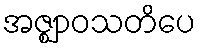
အဇ္ဈာဝသတိပေ